Lunatic asylums United Prov. 1922-30 - 1922-1930
Year: 1922
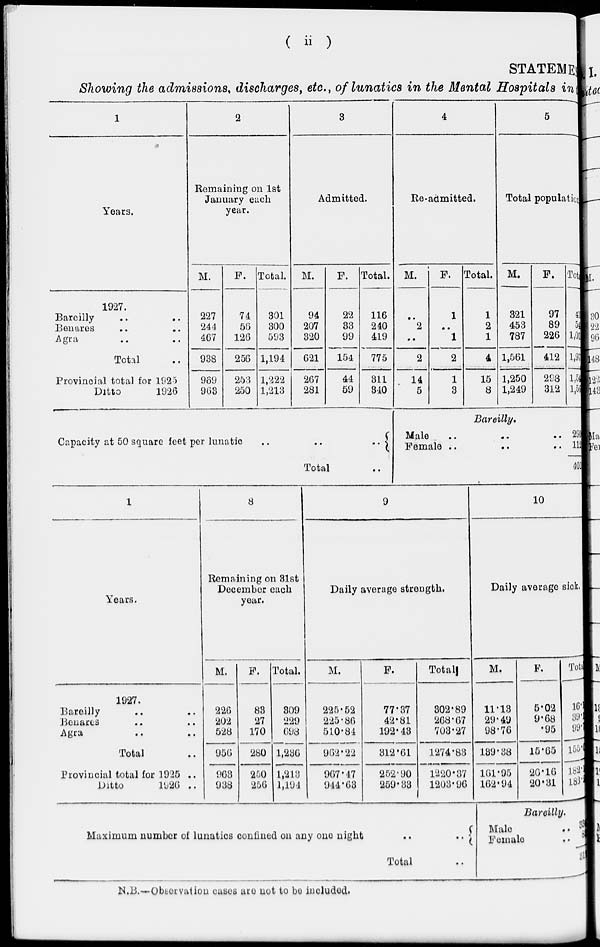
( ii )
STATEMENT
Showing the admissions, discharges, etc., of lunatics in the Mental Hospitals in
1
Years.
1927.
Bareilly .. ..
Benares .. ..
Agra .. ..
Total ..
Provincial total for 1925
Ditto
1926
2
Remaining on 1st
January each
year.
M.
227
244
467
938
969
963
F.
74
56
126
256
253
250
Total.
301
300
593
1,194
1,222
1,213
3
Admitted.
M.
94
207
320
621
267
281
F.
22
33
99
154
44
59
Total.
116
240
419
775
311
340
Capacity at 50 square feet per lunatic
..
..
..
Total ..
4
Re-admitted.
M.
..
2
..
2
14
5
F.
1
..
1
2
1
3
Total.
1
2
1
4
15
8
5
Total population.
M.
321
453
787
1,561
1,250
1,249
F.
97
89
226
412
293
312
Total.
418
542
1, 013
1,973
1,543
1,561
Bareilly.
Male .. .. ..
Female .. .. ..
290
112
402
1
Years.
1927.
Bareilly .. ..
Benares .. ..
Agra .. ..
Total
Provincial total for 1925 ..
Ditto
1926 ..
8
Remaining on 31st
December each
year.
M.
226
202
528
956
963
938
F.
83
27
170
280
250
256
Total.
309
229
698
1,236
1,213
1,194
9
Daily average strength.
M.
225.52
225.86
510.84
962.22
967.47
944.63
F.
77.37
42.81
192.43
312.61
252.90
259.38
Total.
302.89
268.67
703.27
1274.83
1220.37
1203.96
Maximum number of lunatics confined on any one night
..
..
Total ..
10
Daily average sick,
M.
11.13
29.49
98.76
139.38
161.95
162.94
F.
5.02
9.68
.95
15.65
26.16
20.31
Total.
16.15
39.17
99.71
155.03
182.30
183.25
Bareilly.
Male ..
Female ..
334
83
317
N.B.—Observation cases are not to be included.